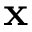
\textbf { x }